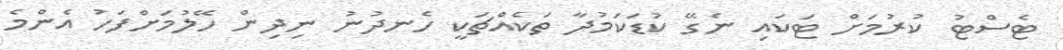
ޓެސްޓު ކުރުމަށް ޓަކައި ނެގޭ ކުޑަކަމުދާ ތަކެއްޗަކީ ހެނދުނު ނިދިން ހޭލުމަށްފަހު އެންމެ